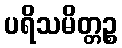
ပရိသမိတ္တဉ္စ